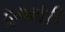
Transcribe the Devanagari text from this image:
द्रुगबोरी